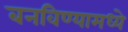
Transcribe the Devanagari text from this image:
बनविण्यामध्ये